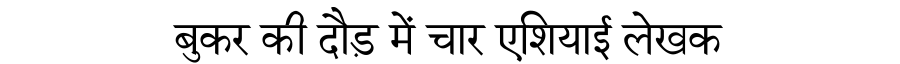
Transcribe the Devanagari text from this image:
बुकर की दौड़ में चार एशियाई लेखक